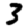
Digit: 3